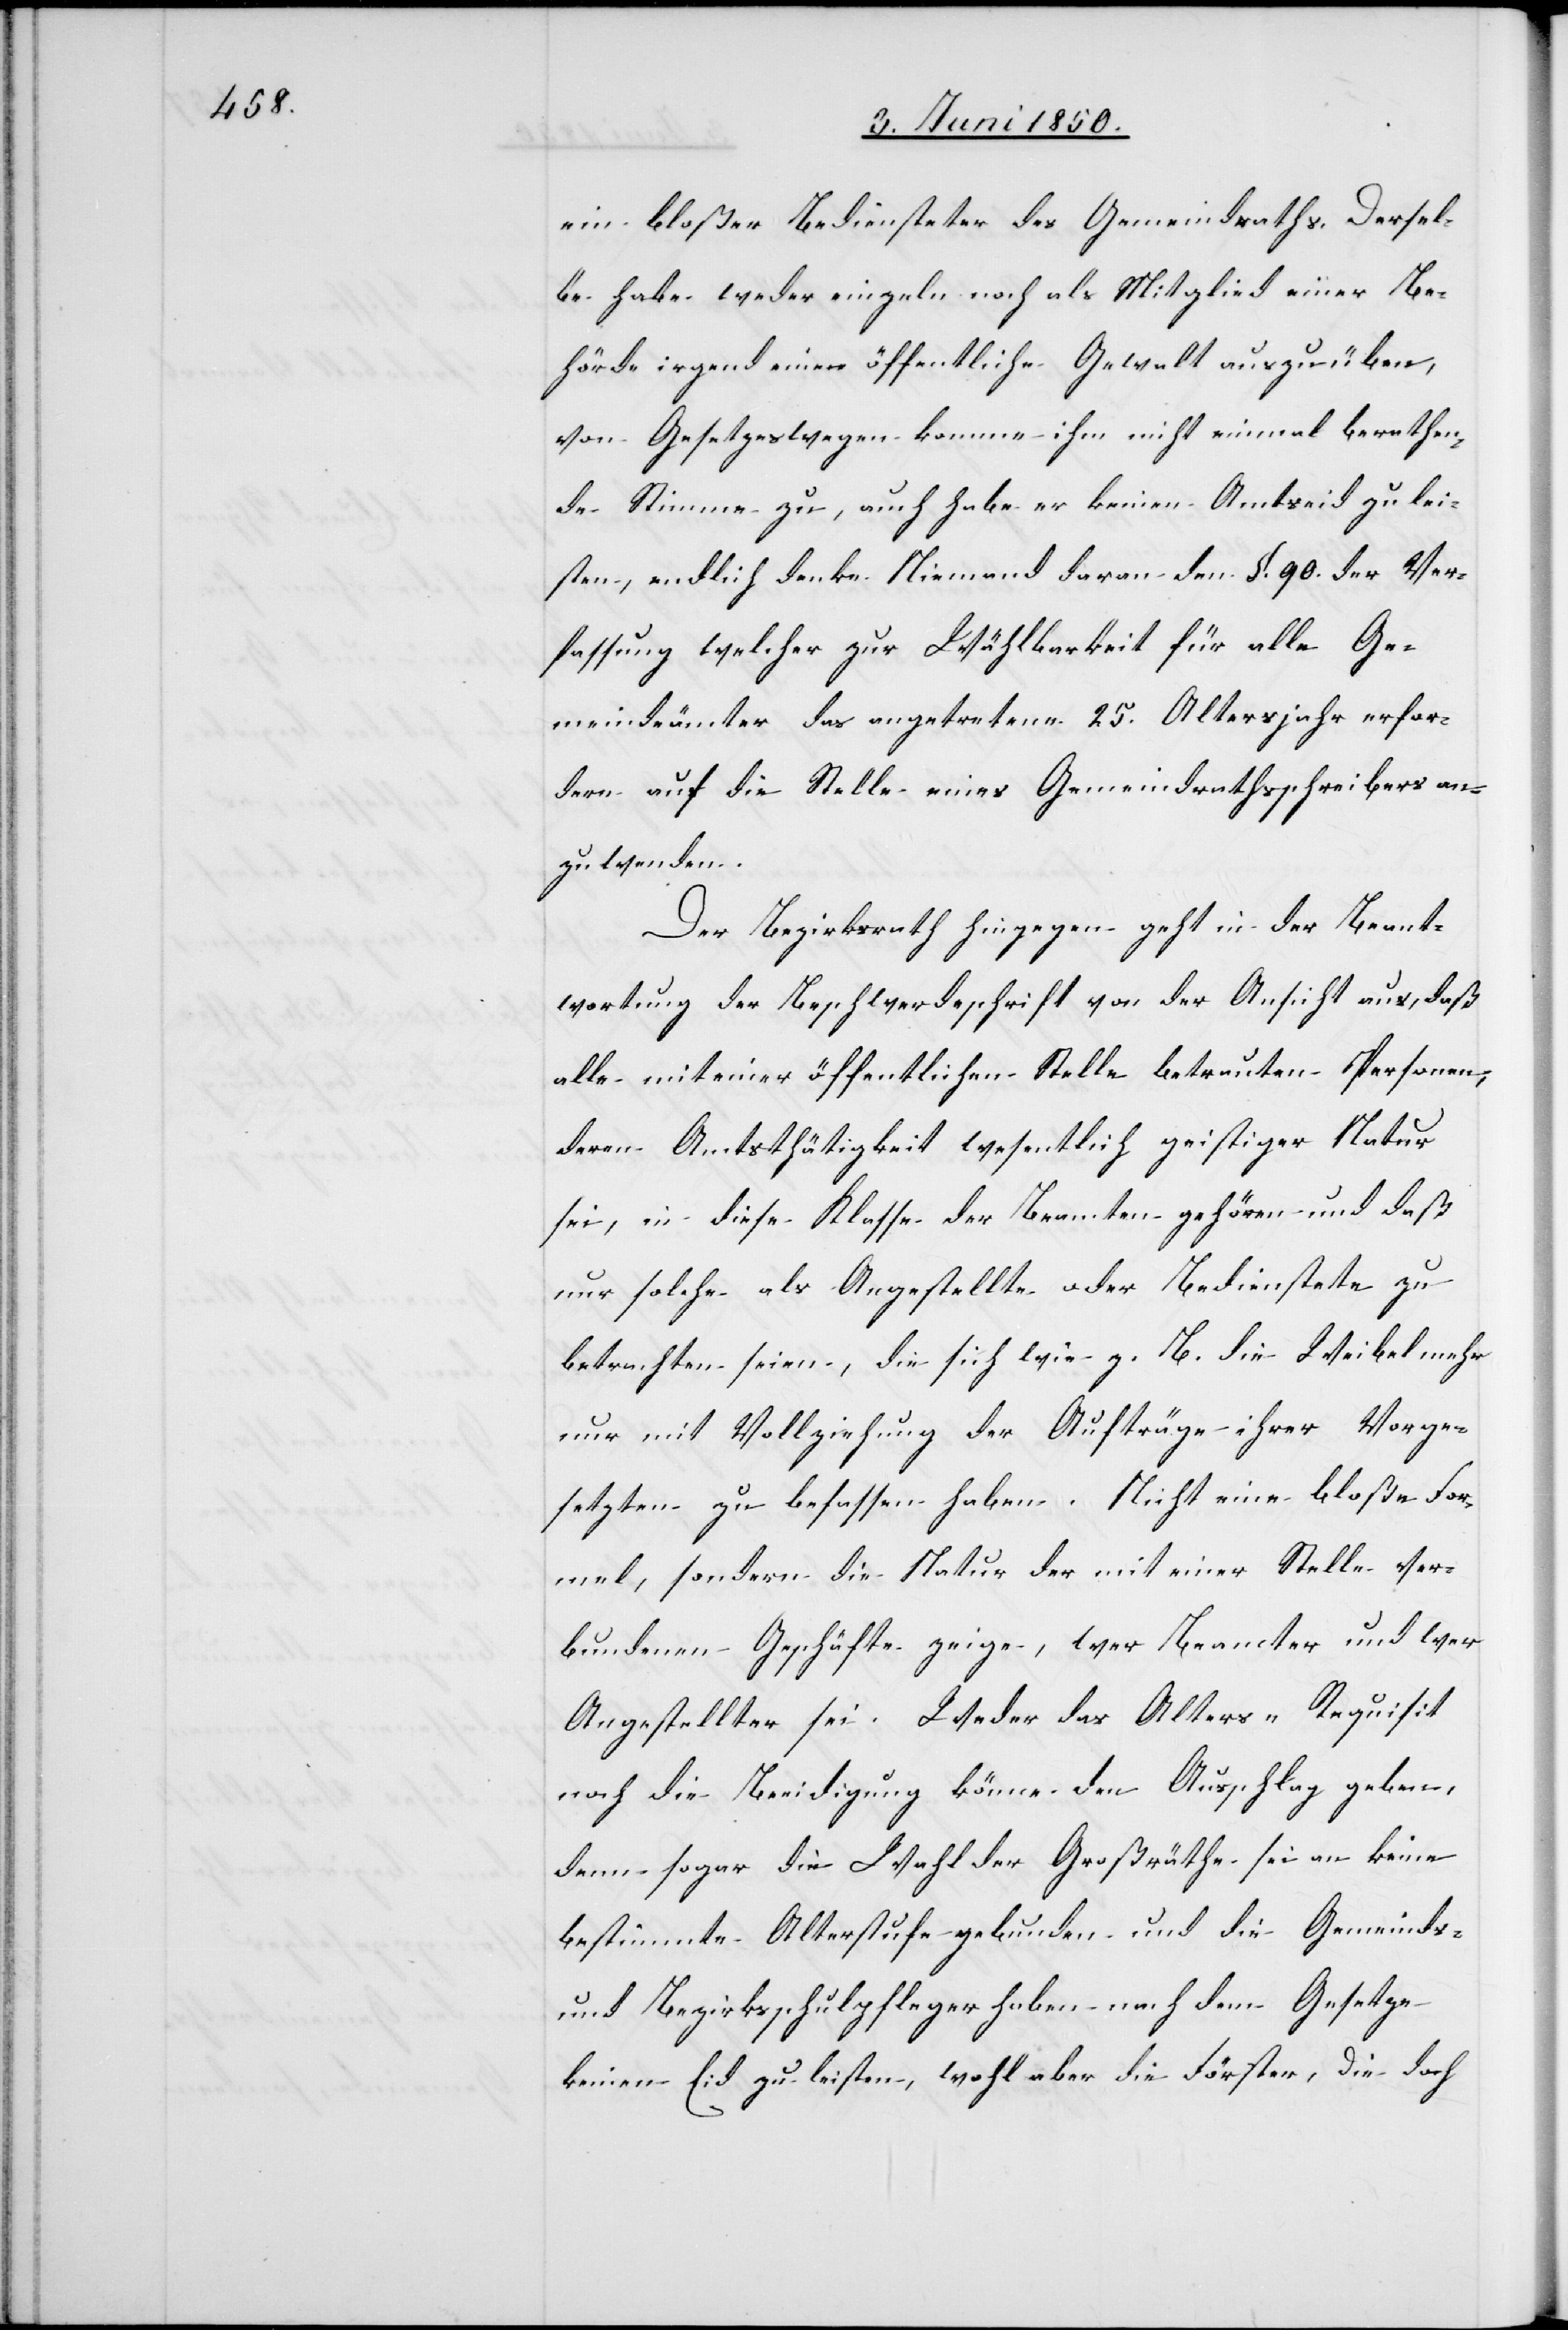
ein bloßer Bediensteter des Gemeindraths. Dersel¬
be habe weder einzeln noch als Mitglied einer Be¬
hörde irgend eine öffentliche Gewalt auszuüben,
von Gesetzeswegen komme ihm nicht einmal berathen¬
de Stimme zu, auch habe er keinen Amtseid zu lei¬
sten, endlich denke Niemand daran den §. 90. der Ver¬
fassung welcher zur Wählbarkeit für alle Ge¬
meindeämter das angetretene 25. Altersjahr erfor¬
dere auf die Stelle eines Gemeindrathsschreibers an¬
zuwenden.
Der Bezirksrath hingegen geht in der Beant¬
wortung der Beschwerdeschrift von der Ansicht aus, daß
alle mit einer öffentlichen Stelle betrauten Personen,
deren Amtsthätigkeit wesentlich geistiger Natur
sei, in diese KIasse der Beamten gehören und daß
nur solche als Angestellte oder Bedienstete zu
betrachten seien, die sich wie z. B. die Weibel mehr
nur mit Vollziehung der Aufträge ihrer Vorge¬
setzten zu befassen haben. Nicht eine bloße For¬
mel, sondern die Natur der mit einer Stelle ver¬
bundenen Geschäfte zeige, wer Beamter und wer
Angestellter sei. Weder das Alters-Requisit
noch die Beeidigung könne den Ausschlag geben,
denn sogar die Wahl der Großräthe sei an keine
bestimmte Alterstufe gebunden und die Gemeinds-
und Bezirksschulpfleger haben nach dem Gesetze
keinen Eid zu leisten, wohl aber die Förster, die doch